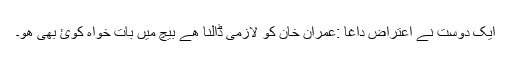
ایک دوست نے اعتراض داغا :عمران خان کو لازمی ڈالنا ھے بیچ میں بات خواہ کوئ بھی ھو۔